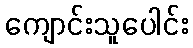
ကျောင်းသူပေါင်း